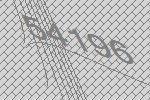
54196